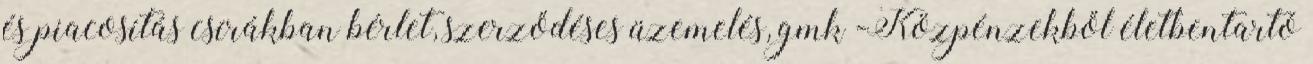
és piacosítás csírákban bérlet, szerződéses üzemelés, gmk -Közpénzekből életbentartó